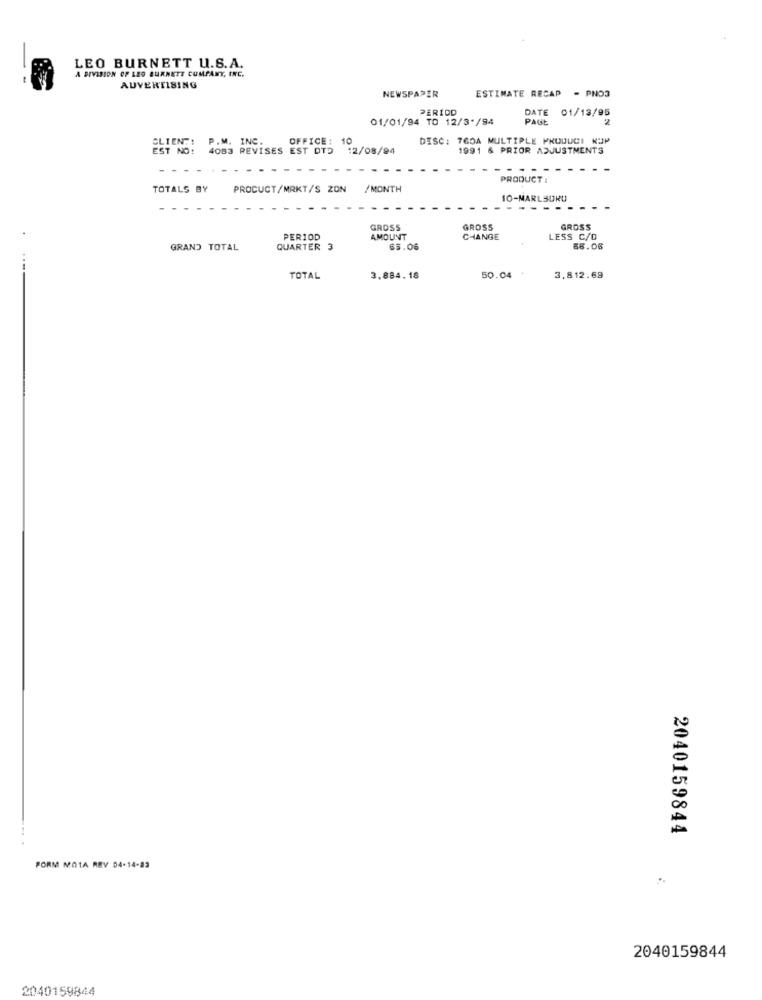
LEO BURNETT U.S.A.
A DIVISION OF LEO BURNETT COMPANY, INC.
AUVERTISING
NEWSPAPER
ESTIMATE RECAP - PNO3
PERIOD
DATE 01/13/95
01/01/94 TO 12/3*/94
PAGE
2
CLIENT!
P.M. INC.
OFFICE:
10
DISC: 760A MULTIPLE PRODUCI KUP
EST NO!
4083 REVISES EST DTD
12/08/94
1991 6 PRIOR ADJUSTMENTS
PRODUCT
TOTALS BY
PROCUCT/MRKT/S ZON
/MONTH
10-MARLSORU
-----
GROSS
GROSS
GROSS
PERIOD
AMOUNT
CHANGE
LESS C/D
GRAND TOTAL
QUARTER
65.06
66.06
TOTAL
3,884.18
50.04
3,812.69
2040159844
FORM MOTA REV 04-14-83
2040159844
2040159844